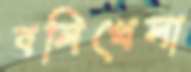
বলিখেলা